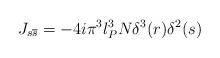
LaTeX: \begin{align*}J_{s\overline{s}} = -4i\pi^3l_P^3N\delta^3(r)\delta^2(s)\end{align*}